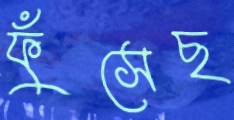
ফুঁসেছ